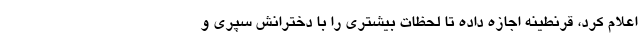
اعلام کرد، قرنطینه اجازه داده تا لحظات بیشتری را با دخترانش سپری و